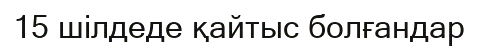
15 шілдеде қайтыс болғандар